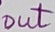
Text: out